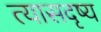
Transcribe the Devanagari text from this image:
त्यासदृष्य